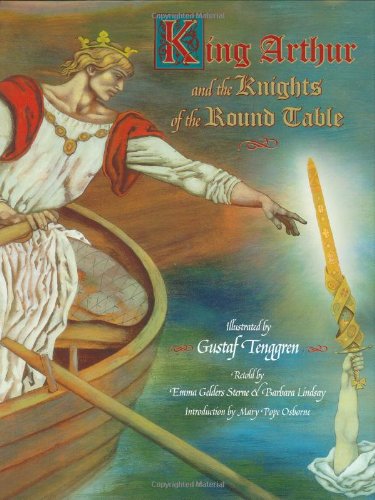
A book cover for King Arthur and the Knights of the Round Table (Little Golden Book); Emma Gelders-Sterne; Children's Books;